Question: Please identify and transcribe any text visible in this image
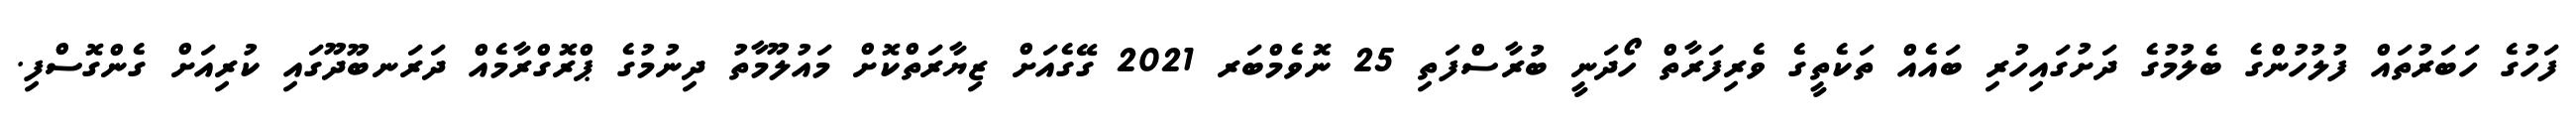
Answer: ފަހުގެ ހަބަރުތައް ފުލުހުންގެ ބެލުމުގެ ދަށުގައިހުރި ބައެއް ތަކެތީގެ ވެރިފަރާތް ހޯދަނީ ބުރާސްފަތި 25 ނޮވެމްބަރ 2021 ގޭގެއަށް ޒިޔާރަތްކޮށް މައުލޫމާތު ދިނުމުގެ ޕްރޮގްރާމެއް ދަރަނބޫދޫގައި ކުރިއަށް ގެންގޮސްފި.